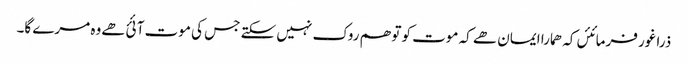
ذرا غور فرمائئں کہ ھمارا ایمان ھے کہ موت کو تو ھم روک نہیں سکتے جس کی موت آئئ ھےوہ مرے گا۔